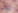
إيمت